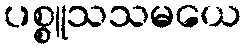
ပစ္စူသသမယေ